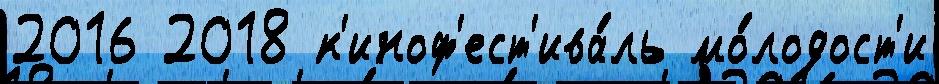
2016 2018 к'иноф'ест'ива́ль мо́лодост'и